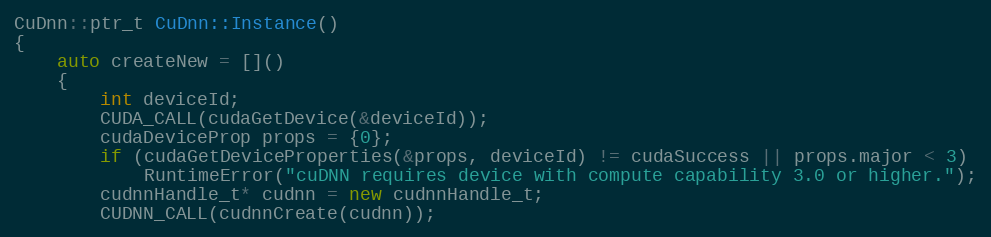
Language: C++
CuDnn::ptr_t CuDnn::Instance()
{
    auto createNew = []()
    {
        int deviceId;
        CUDA_CALL(cudaGetDevice(&deviceId));
        cudaDeviceProp props = {0};
        if (cudaGetDeviceProperties(&props, deviceId) != cudaSuccess || props.major < 3)
            RuntimeError("cuDNN requires device with compute capability 3.0 or higher.");
        cudnnHandle_t* cudnn = new cudnnHandle_t;
        CUDNN_CALL(cudnnCreate(cudnn));